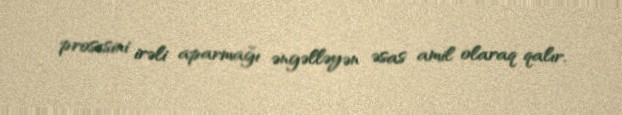
prosesini irəli aparmağı əngəlləyən əsas amil olaraq qalır.